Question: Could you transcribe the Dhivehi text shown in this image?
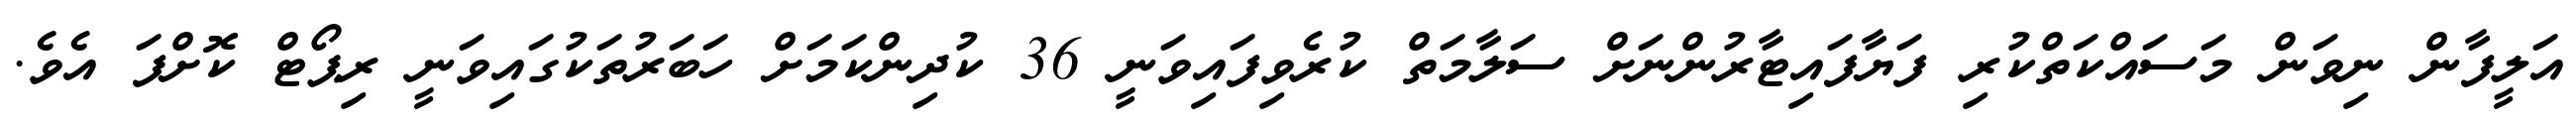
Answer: އަލީފާން ނިވަން މަސައްކަތްކުރި ފަޔާފައިޓާރުންނަށް ސަލާމަތް ކުރެވިފައިވަނީ 36 ކުދިންކަމަށް ހަބަރުތަކުގައިވަނީ ރިޕޯޓް ކޮށްފަ އެވެ.